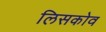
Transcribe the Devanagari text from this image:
लिसकोव